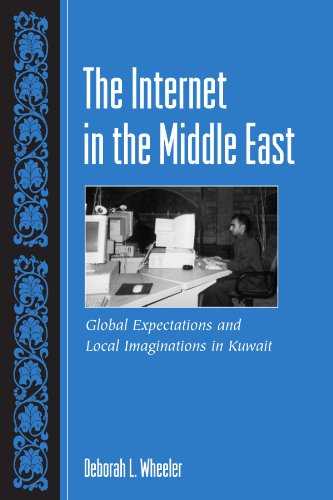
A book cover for The Internet In The Middle East: Global Expectations And Local Imaginations In Kuwait (Suny Series in Computer-Mediated Communication); Deborah L. Wheeler; History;